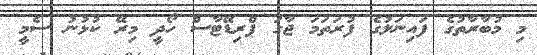
މި މުބާރާތުގެ ފައިނަލުގެ ފުރަތަމަ ޖާގަ ޕްރިޑޭޓާސް ހޯދީ މިރޭ ކުޅުނު ސެމީ